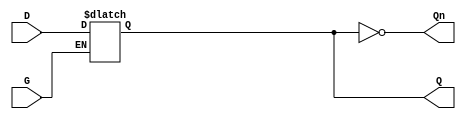
module level_sensitive_gated_latch (
    input wire D,      // Data input
    input wire G,      // Enable signal
    output reg Q,      // Output Q
    output wire Qn     // Complement of Q
);

// Complement of Q
assign Qn = ~Q;

// Latch behavior
always @(G, D) begin
    if (G) begin
        Q <= D;  // Transparent state, Q follows D
    end
    // When G is low, Q holds its previous value
end

endmodule